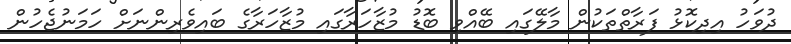
ދުވަހު އިދިކޮޅު ފަރާތްތަކުން މާލޭގައި ބޭއްވި ބޮޑު މުޒާހަރާގައި މުޒާހަރާގެ ބައިވެރިންނަށް ހަމަނުޖެހުން